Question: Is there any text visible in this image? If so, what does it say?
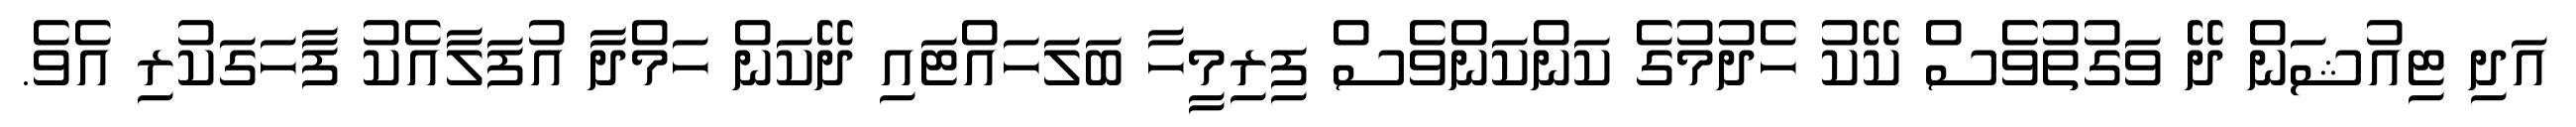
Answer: އަދި ޓިއުޝަން ދޭ ވަގުތުވެސް ކޭކު ހެދުމުގެ ކަންކަންވެސް ފިރިމީހާ ބަލަހައްޓައި ދޭކަން ހަމްދާ އުފަލާއެކު ފާހަގަކުރި އެވެ.